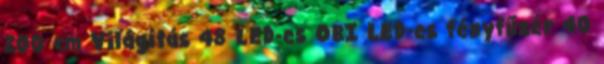
200 cm Világítás 48 LED-es OBI LED-es fényfűzér 40